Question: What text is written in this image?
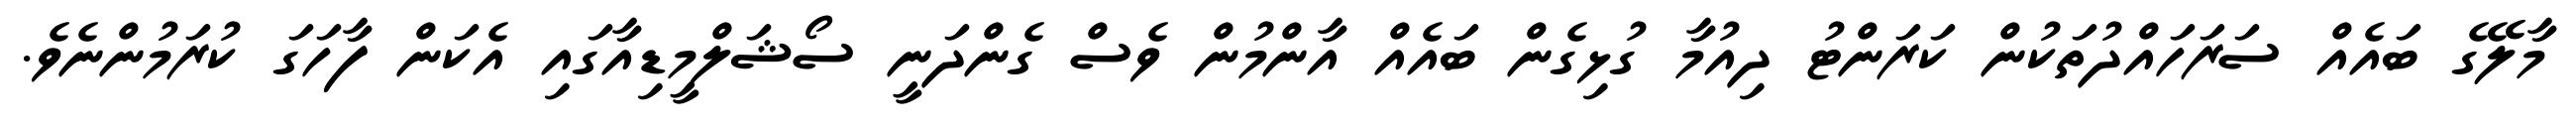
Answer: މާލޭގެ ބައެއް ސަރަހައްދުތަކުން ކަރަންޓު ދިއުމާ ގުޅިގެން ބައެއް އާންމުން ވެސް ގެންދަނީ ސޯޝަލްމީޑިއާގައި އެކަން ފާހަގަ ކުރަމުންނެވެ.